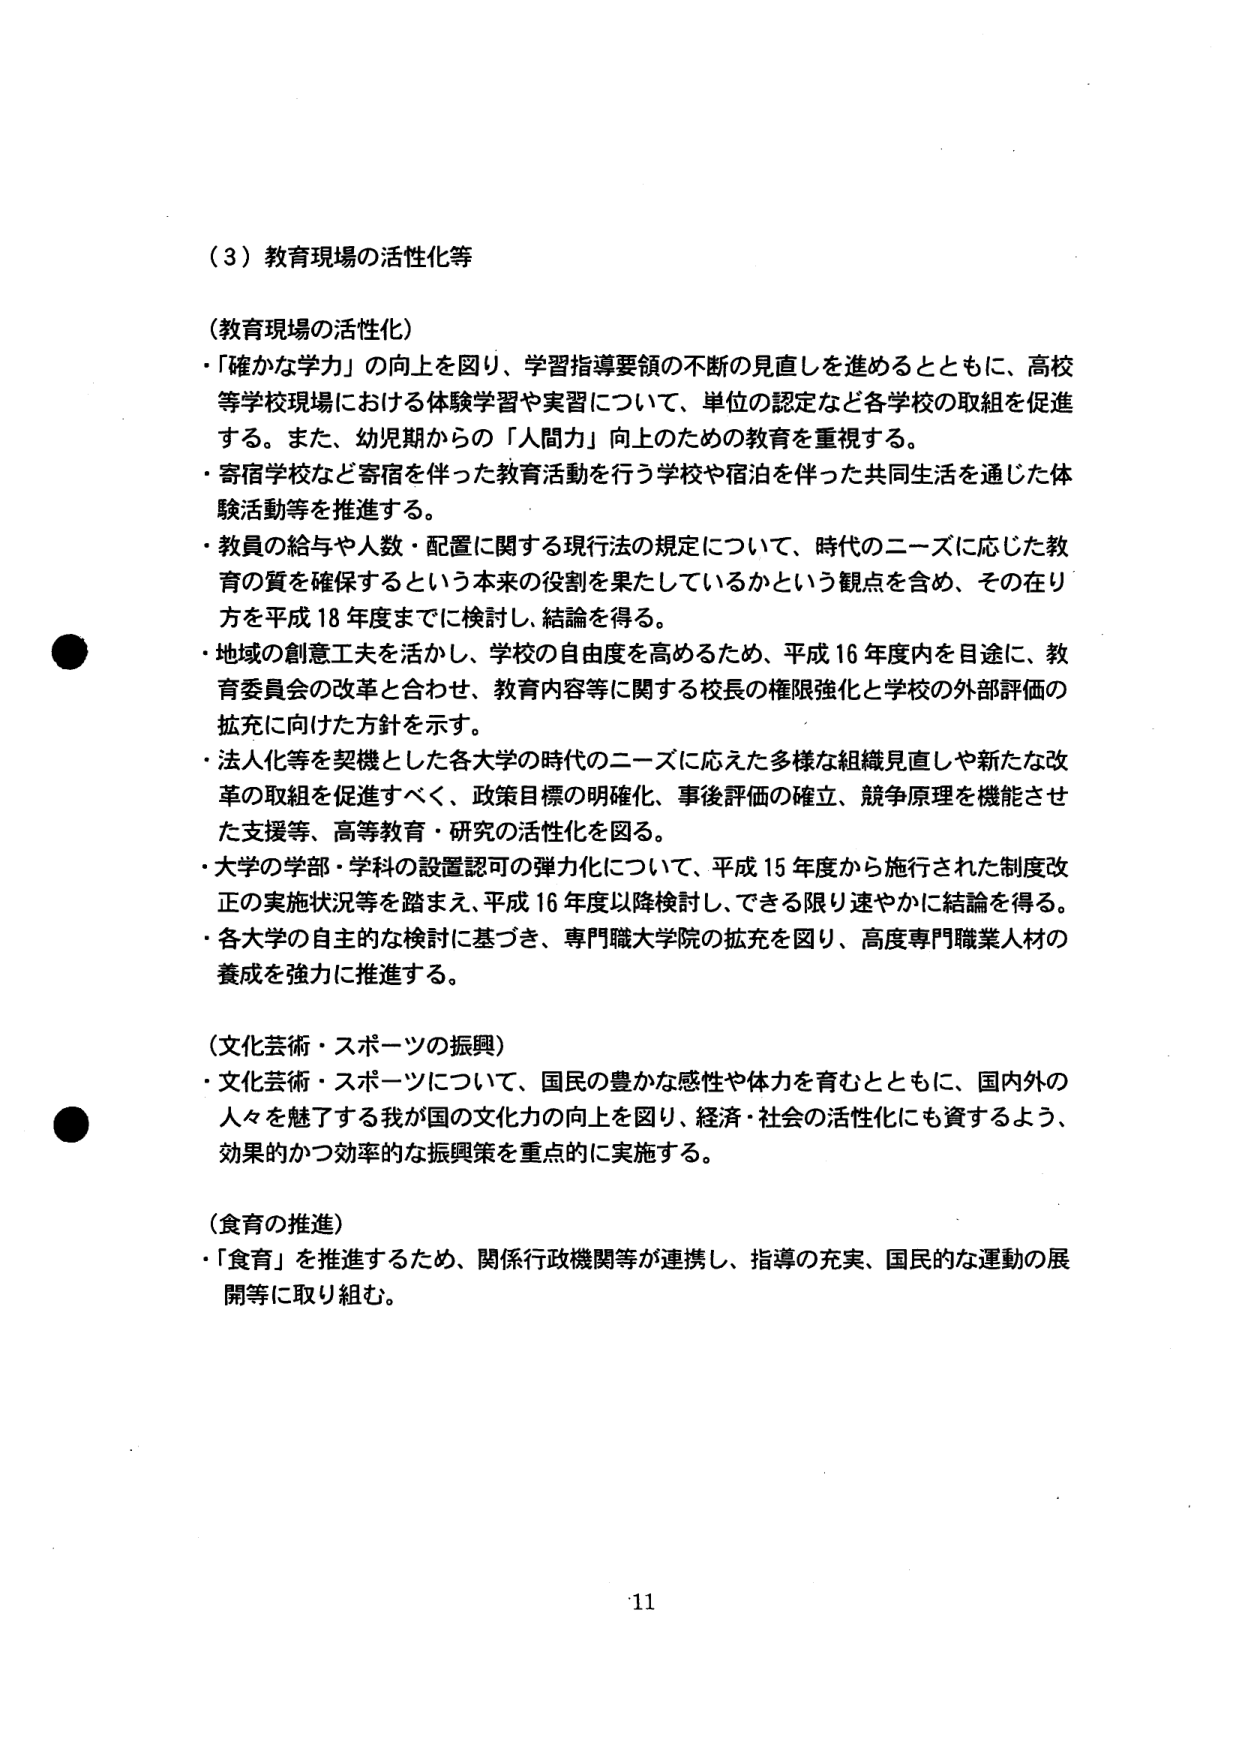
（３）教育現場の活性化等

（教育現場の活性化）
・「確かな学力」の向上を図り、学習指導要領の不断の見直しを進めるとともに、高校等学校現場における体験学習や実習について、単位の認定など各学校の取組を促進する。また、幼児期からの「人間力」向上のための教育を重視する。
・寄宿学校など寄宿を伴った教育活動を行う学校や宿泊を伴った共同生活を通じた体験活動等を推進する。
・教員の給与や人数・配置に関する現行法の規定について、時代のニーズに応じた教育の質を確保するという本来の役割を果たしているかという観点を含め、その在り方を平成18年度までに検討し、結論を得る。
・地域の創意工夫を活かし、学校の自由度を高めるため、平成16年度内を目途に、教育委員会の改革と合わせ、教育内容等に関する校長の権限強化と学校の外部評価の拡充に向けた方針を示す。
・法人化等を契機とした各大学の時代のニーズに応えた多様な組織見直しや新たな改革の取組を促進すべく、政策目標の明確化、事後評価の確立、競争原理を機能させた支援等、高等教育・研究の活性化を図る。
・大学の学部・学科の設置認可の弾力化について、平成15年度から施行された制度改正の実施状況等を踏まえ、平成16年度以降検討し、できる限り速やかに結論を得る。
・各大学の自主的な検討に基づき、専門職大学院の拡充を図り、高度専門職業人材の養成を強力に推進する。

（文化芸術・スポーツの振興）
・文化芸術・スポーツについて、国民の豊かな感性や体力を育むとともに、国内外の人々を魅了する我が国の文化力の向上を図り、経済・社会の活性化にも資するよう、効果的かつ効率的な振興策を重点的に実施する。

（食育の推進）
・「食育」を推進するため、関係行政機関等が連携し、指導の充実、国民的な運動の展開等に取り組む。

11